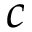
c